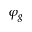
\varphi _ { g }